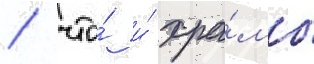
/ что́ и́ хра́мы